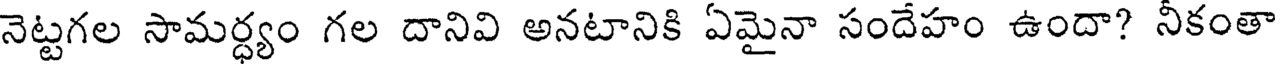
నెట్టగల సామర్ధ్యం గల దానివి అనటానికి ఏమైనా సందేహం ఉందా? నీకంతా